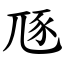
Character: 豗